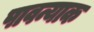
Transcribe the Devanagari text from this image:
पावन्याक